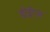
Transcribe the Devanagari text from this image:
डीईएम